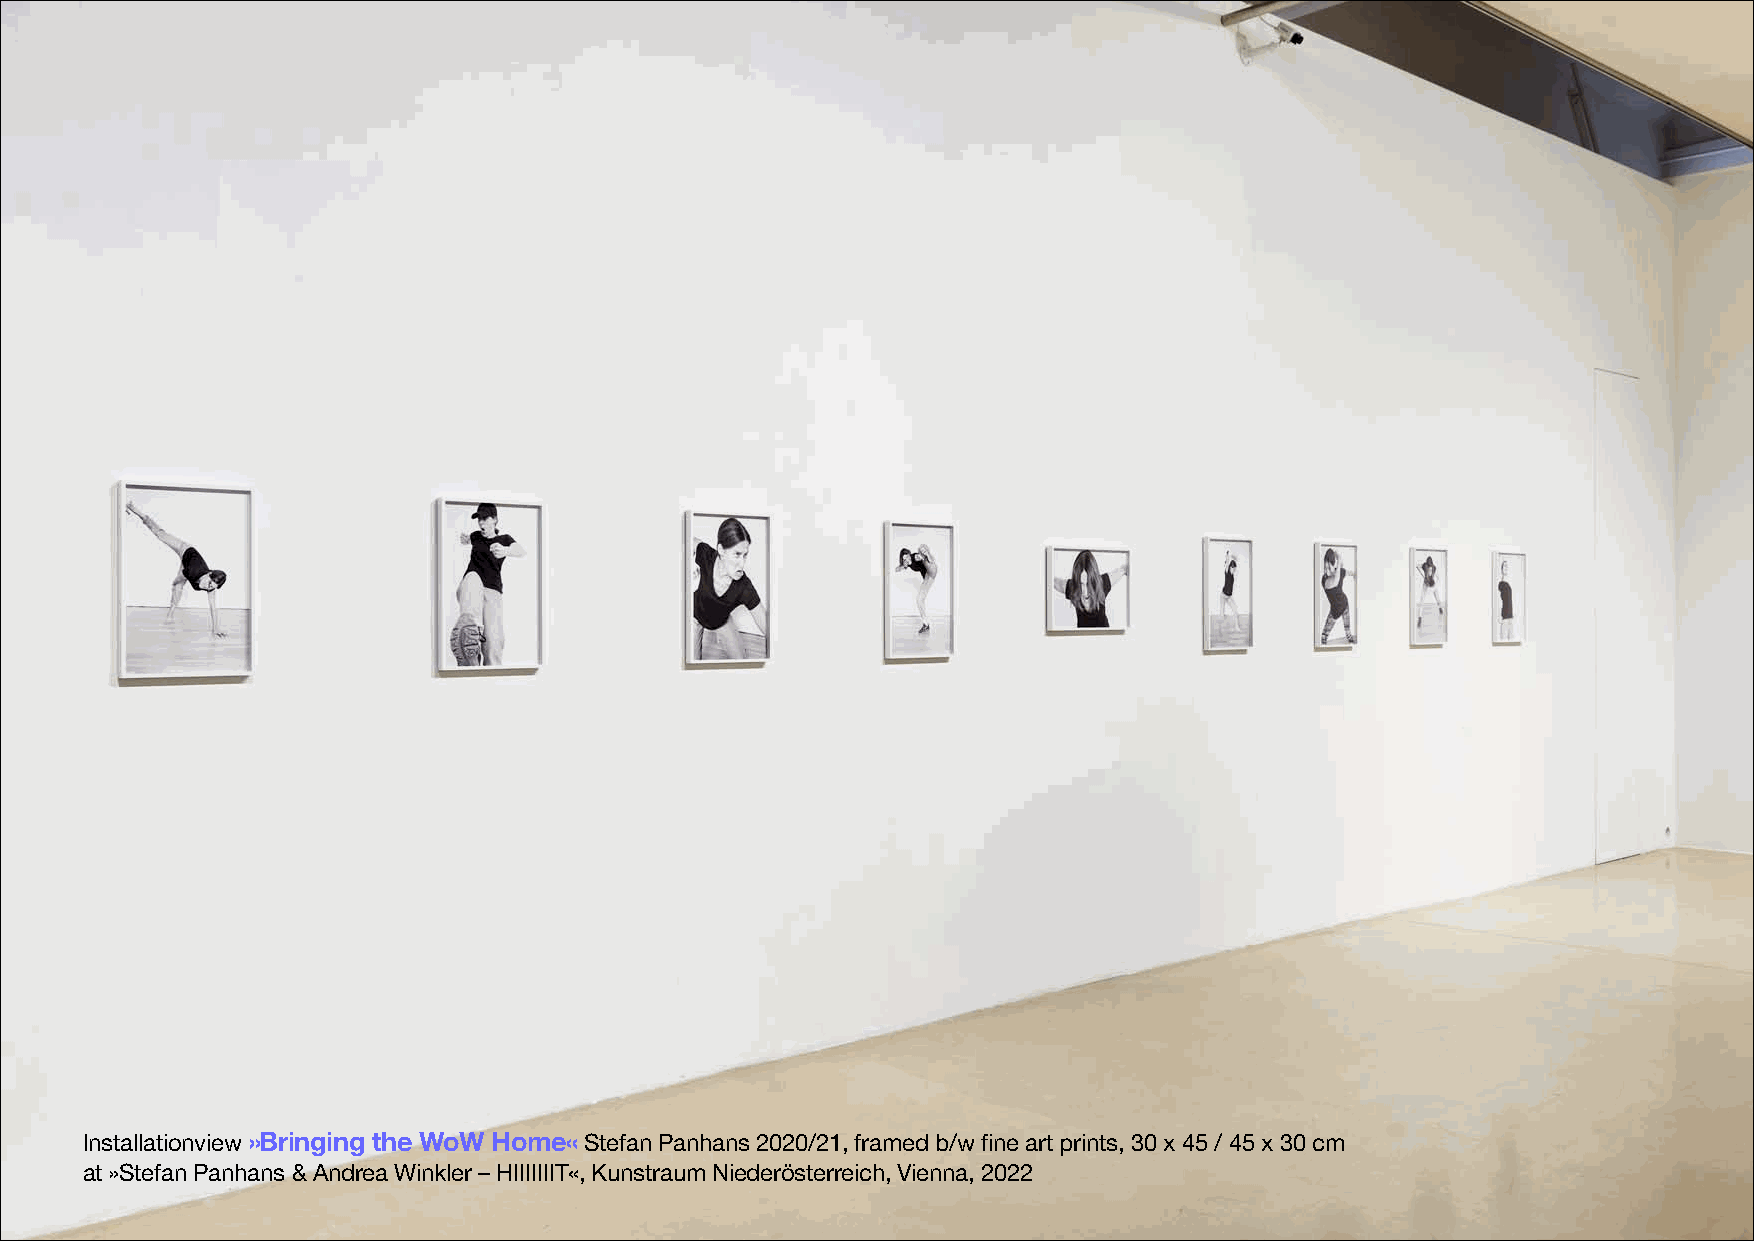
Installationview»Bringing the WoW Home«Stefan Panhans 2020/21, framed b/w fine art prints, 30 x 45 / 45 x 30 cm
 at »Stefan Panhans & Andrea Winkler –HIIIIIIIT«, Kunstraum Niederösterreich, Vienna, 2022